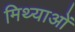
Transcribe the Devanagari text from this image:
मिथ्याओं